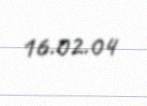
16.02.04